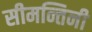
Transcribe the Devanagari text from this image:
सीमन्तिनी